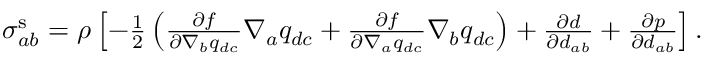
\begin{array} { r } { \sigma _ { a b } ^ { \mathrm { s } } = \rho \left[ - \frac { 1 } { 2 } \left( \frac { \partial f } { \partial \nabla _ { b } q _ { d c } } \nabla _ { a } q _ { d c } + \frac { \partial f } { \partial \nabla _ { a } q _ { d c } } \nabla _ { b } q _ { d c } \right) + \frac { \partial d } { \partial d _ { a b } } + \frac { \partial p } { \partial d _ { a b } } \right] . } \end{array}